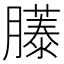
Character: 𫆹